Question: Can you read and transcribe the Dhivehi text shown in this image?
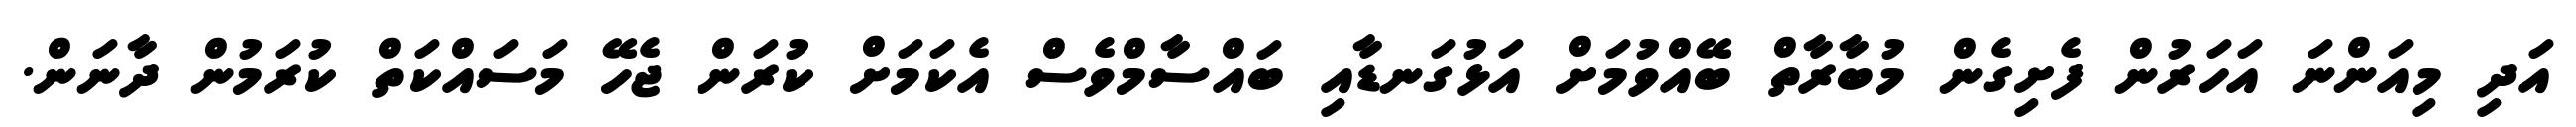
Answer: އަދި މިއަންނަ އަހަރުން ފެށިގެން މުބާރާތް ބޭއްވުމަށް އަޅުގަނޑާއި ބައްސާމްވެސް އެކަމަށް ކުރަން ޖެހޭ މަސައްކަތް ކުރަމުން ދާނަން.